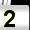
Digit: 2